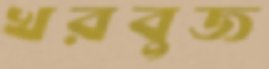
খরবুজ